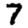
Digit: 7